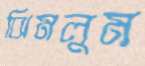
ঝিমলুম